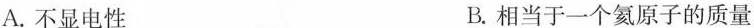
A.不显电性 B.相当于一个氦原子的质量